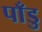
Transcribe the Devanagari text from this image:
पाँडु